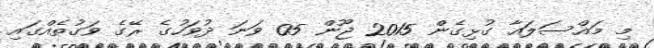
މި މައްސަލައާ ގުޅިގެން 2015 ޖޫން 05 ވަނަ ދުވަހުގެ ރޭގެ ވަގުތެއްގައި